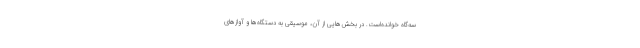
سه‌گاه خوانده‌است. در بخش‌هایی از آن، موسیقی به دستگاه‌ها و آوازهای